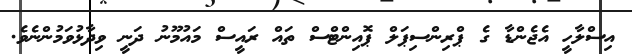
އިސްލާހީ އެޖެންޑާ ގެ ޕްރިންސިޕަލް ޕޮއިންޓްސް ތައް ރައީސް މައުމޫނު ދަނީ ވިދާޅުވަމުންނެވެ.